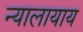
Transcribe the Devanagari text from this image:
न्यालायाय